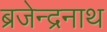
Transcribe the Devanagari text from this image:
ब्रजेन्द्रनाथ